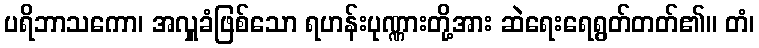
ပရိဘာသကော၊ အလှူခံဖြစ်သော ရဟန်းပုဏ္ဏားတို့အား ဆဲရေးရေရွတ်တတ်၏။ တံ၊